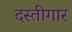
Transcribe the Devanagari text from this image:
दस्तीगार